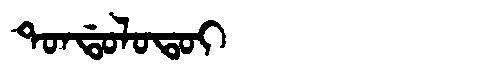
Manchu: ᡨᠣᠨᡩᠣᠯᠣᡨᠣᡳ
Romanization: TONDOLOTOI